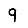
Digit: 9